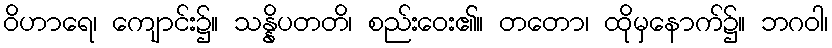
ဝိဟာရေ၊ ကျောင်း၌။ သန္နိပတတိ၊ စည်းဝေး၏။ တတော၊ ထိုမှနောက်၌။ ဘဂဝါ၊